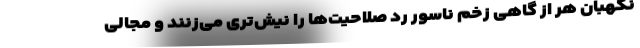
نگهبان هر از گاهی زخم ناسور رد صلاحیت‌ها را نیش‌تری می‌زنند و مجالی